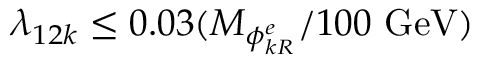
\lambda _ { 1 2 k } \leq 0 . 0 3 ( M _ { \phi _ { k R } ^ { e } } / 1 0 0 \ \mathrm { G e V } )